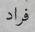
فراد